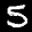
Label: 5